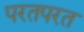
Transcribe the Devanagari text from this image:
परतपरत